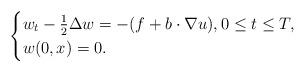
LaTeX: \begin{align*}\begin{cases}w_t-\frac{1}{2}\Delta w=-(f+b\cdot \nabla u), 0\leq t\leq T, \\w(0,x)=0.\end{cases}\end{align*}